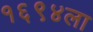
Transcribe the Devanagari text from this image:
१६९४ला